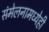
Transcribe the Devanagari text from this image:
संमेलनामध्येही